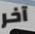
آخر